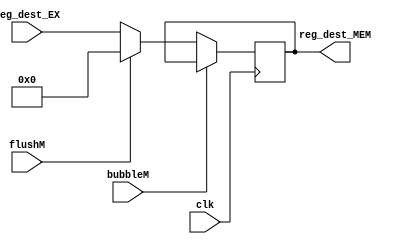
`timescale 1ns / 1ps
//////////////////////////////////////////////////////////////////////////////////
// Company: USTC ESLAB
// 
// Design Name: RV32I Core
// Module Name: Register Address seg reg
// Tool Versions: Vivado 2017.4.1
// Description: Register address seg reg for EX\MEM
// 
//////////////////////////////////////////////////////////////////////////////////


//  
    // EX\MEM
// 
    // clk               
    // reg_dest_EX       EX
    // bubbleM           MEMbubble
    // flushM            MEMflush
// 
    // reg_dest_MEM       
//   
    // 

module Addr_MEM(
    input wire clk, bubbleM, flushM,
    input wire [4:0] reg_dest_EX,
    output reg [4:0] reg_dest_MEM
    );

    initial reg_dest_MEM = 0;
    
    always@(posedge clk)
        if (!bubbleM) 
        begin
            if (flushM)
                reg_dest_MEM <= 0;
            else 
                reg_dest_MEM <= reg_dest_EX;
        end
    
endmodule